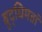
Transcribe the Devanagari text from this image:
बुद्धिमतां